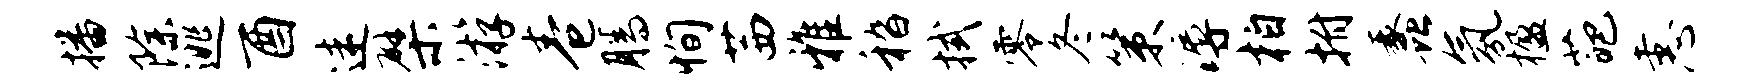
播除逃酉迷檗游卷腾恂茜雅嵇拭零冬策溽柏拊蠡氛楹葩恚